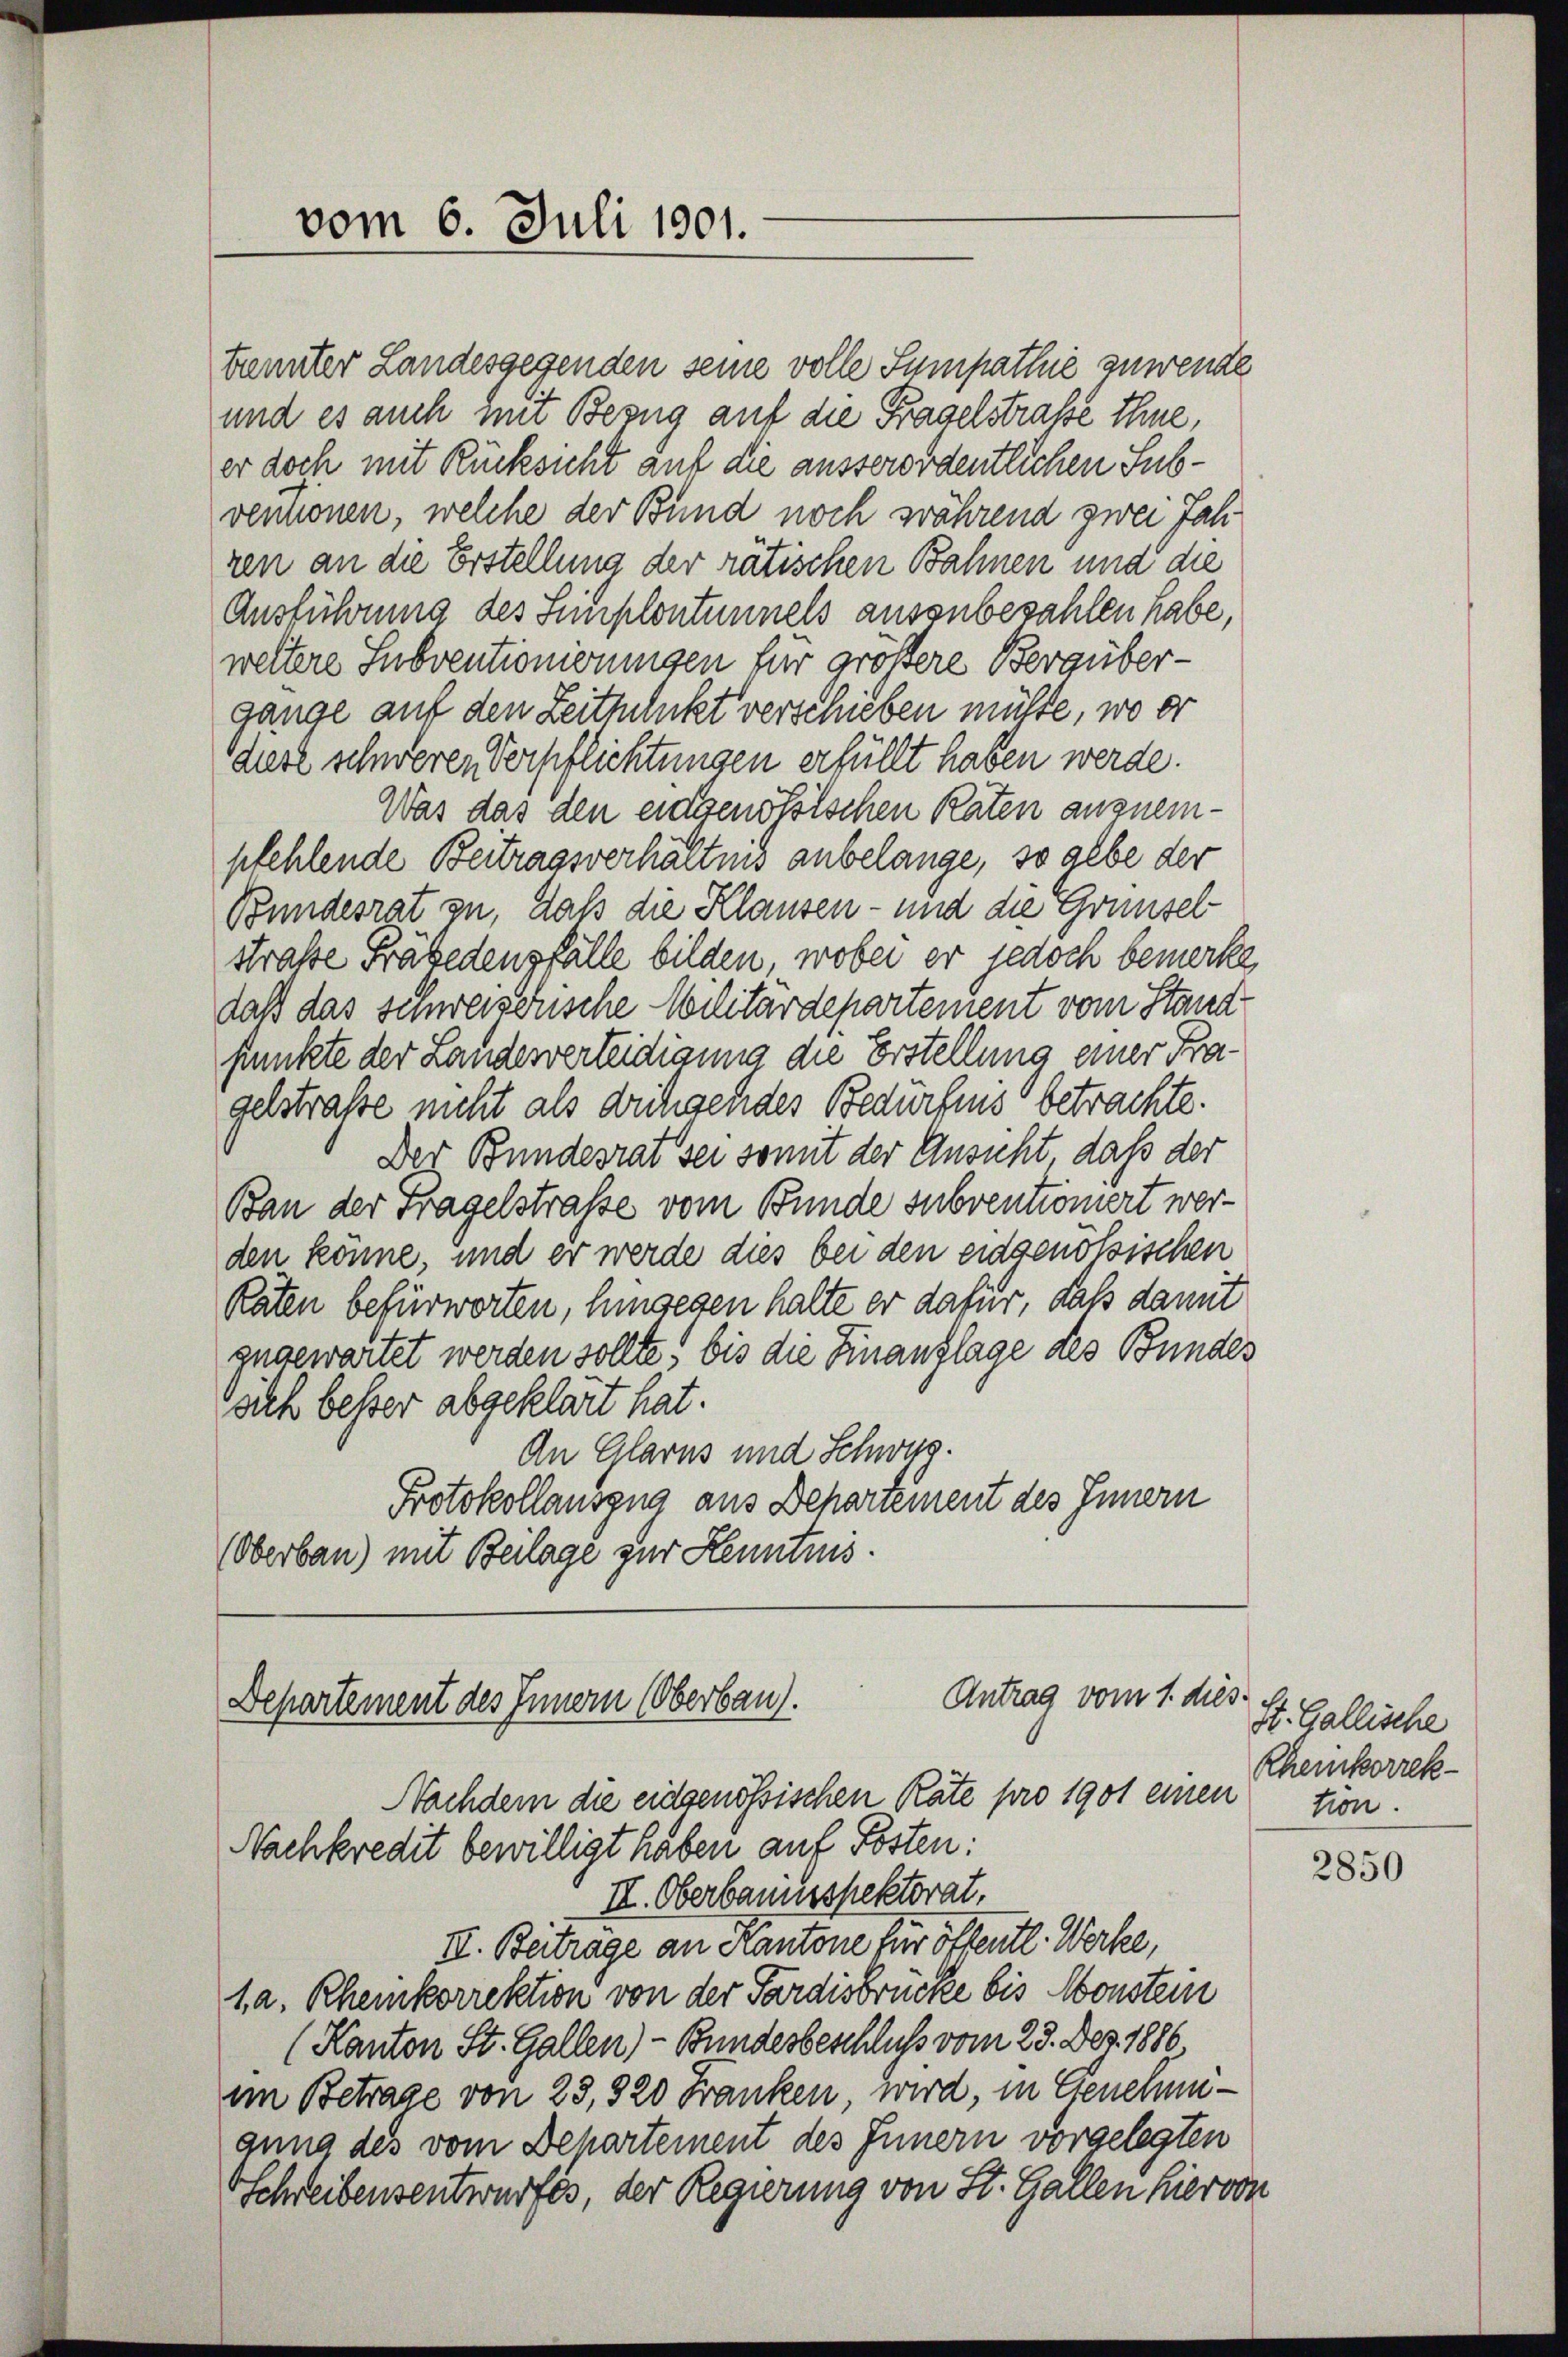
vom 6. Juli 1901.

bannter Landesgegenden seine volle Sumpathie zuwende
und es auch mit Bezug auf die Fragelstrafe thue,
er doch mit Rücksicht auf die ausserordentlichen Subventionen, welche der Bund noch während zwei Jahren an die Erstellung der rätischen Bahnen und die
Ausführung des Simplontunnels auszubezahlen habe,
weltere Subventionirungen für größere Bergübergange auf den Zeitpunkt verschieben müßte, wo er
diese schweren Verpflichtungen erfüllt haben werde.
Was das den eidgenössischen Raten anzuempfehlende Beitragsverhältnis anbelange, so gebe der
Bundesrat zu, daß die Klausen - und die Grünsel
straße Fräbedensfälle bilden, wobei er jedoch bemerke
daß das schweizerische Militärdepartement vom Stand
funkte der Landesverteidigung die Erstellung einer Fragelstraße nicht als weiligendes Bedürfnis betrachte.
Der Bundesrat sei somit der Ansicht daß der
Ban der Fragelstrasse vom Bunde subventioniert werden könne, und er werde dies bei den eidgenössischen
Räten befürworten, hingegen halte er dafür, daß damit
gugewartet werden sollte, bis die Finanflage des Bundes
sich besser abgeklärt hat.
An Glarus und Schwyg.
Protokollauszug aus Departement des Innern
(Oberbau) mit Beilage zur Kenntnis.

Antrag vom 1. dies
Departement des Innern (Oberbau).
Nachdem die eidgenössischen Rate pro 1901 einen

Nachkredit bewilligt haben auf Posten:
II. Oberbannespektorat,
II. Beitrage an Kantone für öffentl. Werke,
1, a. Rheinkorrektion von der Pardisbrücke bis Monstern
(Kanton St. Gallen)- Bundesbeschluss vom 23. Dez. 1886
im Betrage von 23, 320 Franken, wird, in Genehmigung des vom Behartement des Innern vorgelegten
schreibensentwurfes, der Regierung von St. Gallen hiervon

St. Gallische
Rheinkorrektion.

2850